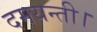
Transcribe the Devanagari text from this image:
दमयन्ती।